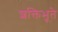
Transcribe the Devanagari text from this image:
शक्तिभूते